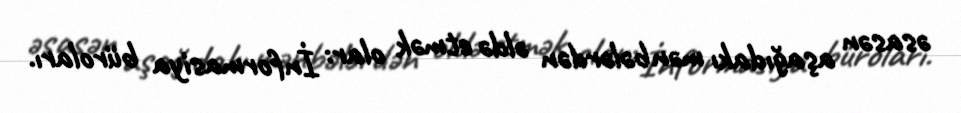
əsasən aşağıdakı mənbələrdən əldə etmək olar: İnformasiya büroları.